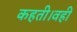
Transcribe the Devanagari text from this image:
कहती।वहीं